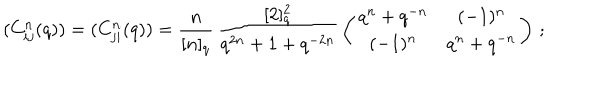
( C _ { i j } ^ { n } ( q ) ) = ( C _ { j i } ^ { n } ( q ) ) = \frac { n } { [ n ] _ { q } } \, \frac { [ 2 ] _ { q } ^ { 2 } } { q ^ { 2 n } + 1 + q ^ { - 2 n } } \, \left( \begin{array} { c c } { { q ^ { n } + q ^ { - n } } } & { { ( - 1 ) ^ { n } } } \\ { { ( - 1 ) ^ { n } } } & { { q ^ { n } + q ^ { - n } } } \\ \end{array} \right) \, ;